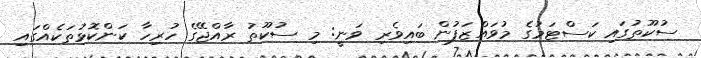
ސުކޫތުގައި ކަސްޓަމުގެ މުވައްޒަފުން ބައިވެރި ވަނީ: މި ސުކޫތު ރާއްޖޭގެ ހުރިހާ ކަންކޮޅުތަކެއްގައި